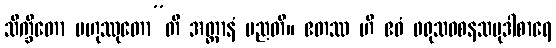
သိက္ခိတော ဗဟုဿုတော”တိ အတ္တာနံ မညတိ။ ဧတဿ ဟိ ဧဝံ ဖရုသဝစနသမုဒါစာရေ